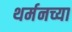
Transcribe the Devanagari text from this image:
थर्मनच्या